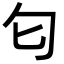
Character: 匂